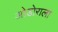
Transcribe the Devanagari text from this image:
ओडोराला